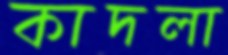
কাদলা